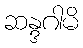
ဆန္ဒဂါမိ